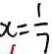
x = \frac { 1 } { 7 }